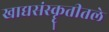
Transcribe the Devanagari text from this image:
खाद्यसंस्कॄतीतले